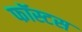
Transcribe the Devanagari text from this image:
फॉस्टस